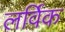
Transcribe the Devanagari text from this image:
लर्विक